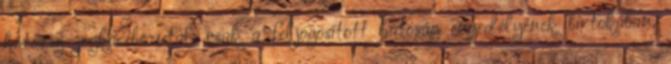
hatóság jogkörébe utal, csak a feljogosított hatóság engedélyének birtokában,